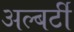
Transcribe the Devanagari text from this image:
अल्बर्टी